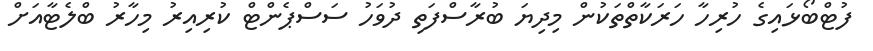
ފުޓްބޯޅައިގެ ހުރިހާ ހަރަކާތްތަކުން މިދިޔަ ބުރާސްފަތި ދުވަހު ސަސްޕެންޓް ކުރިއިރު މިހާރު ބްލެޓާއަށް